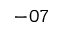
- 0 7